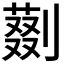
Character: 𠟝